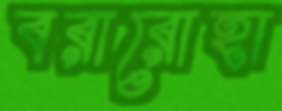
বরারোহা